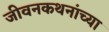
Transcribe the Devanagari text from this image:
जीवनकथनांच्या